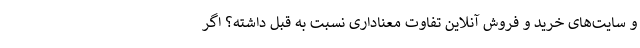
و سایت‌های خرید و فروش آنلاین تفاوت معناداری نسبت به قبل داشته؟ اگر